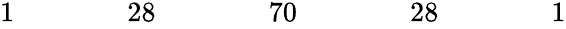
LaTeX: \begin{array}{ccccccccccccccccc}{{1}}&{{}}&{{}}&{{}}&{{28}}&{{}}&{{}}&{{}}&{{70}}&{{}}&{{}}&{{}}&{{28}}&{{}}&{{}}&{{}}&{{1}}\end{array}